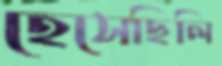
হেসেছিলি